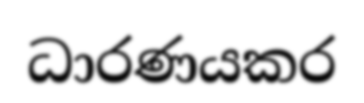
ධාරණයකර